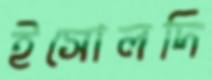
ইসোলদি